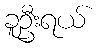
ခူဦးရယ်